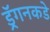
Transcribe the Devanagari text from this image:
ड्रॅगनकडे